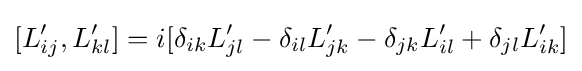
[L'_{ij},L'_{kl}]=i[\delta _{ik}L'_{jl}-\delta _{il}L'_{jk}-\delta _{jk}L'_{il}+\delta _{jl}L'_{ik}]\,\!